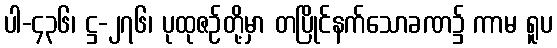
ပါ-၄၃၆၊ ဋ္ဌ-၂၇၆၊ ပုထုဇဉ်တို့မှာ တပြိုင်နက်သောခဏ၌ ကာမ ရူပ